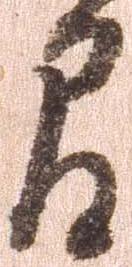
間